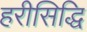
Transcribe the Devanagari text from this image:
हरीसिद्धि